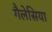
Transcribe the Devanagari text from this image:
गैलेसिया